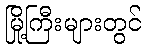
မြို့ကြီးများတွင်